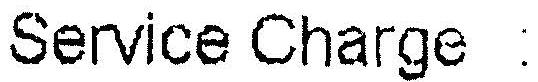
SERVICE CHARGE :